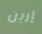
إرين